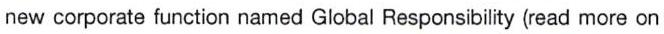
new corporate function named Global Responsibility (read more on